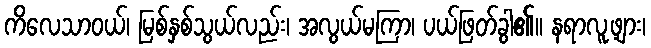
ကိလေသာဝယ်၊ မြစ်နှစ်သွယ်လည်း၊ အလွယ်မကြာ၊ ပယ်ဖြတ်ခွါ၏၊၊ နရာလူ့ဖျား၊